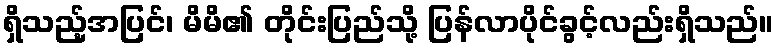
ရှိသည့်အပြင်၊ မိမိ၏ တိုင်းပြည်သို့ ပြန်လာပိုင်ခွင့်လည်းရှိသည်။